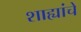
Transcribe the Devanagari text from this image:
शाह्यांचे